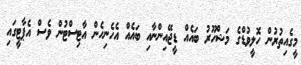
މީގެއިތުރުން ހޮލީވުޑްގެ މަޝްހޫރު ބައެއް ޑީޖޭއިންނާއި ބައެއް އެހެނިހެން އާޓިސްޓުން ވެސް އެޕާޓީގައި